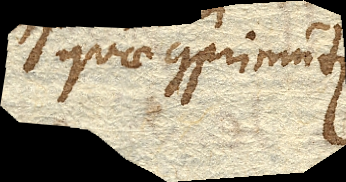
quae comprimuntur